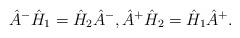
LaTeX: \begin{align*} \hat{A}^- \hat{H}_1 = \hat{H}_2 \hat{A}^-, \hat{A}^+ \hat{H}_2 = \hat{H}_1 \hat{A}^+.\end{align*}